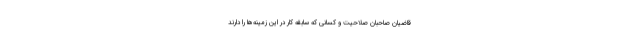
قاضیان صاحبان صلاحیت و کسانی که سابقه کار در این زمینه‌ها را دارند